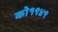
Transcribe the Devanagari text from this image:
को१९४९